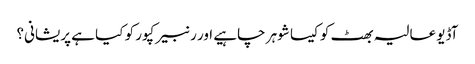
آڈیو عالیہ بھٹ کو کیسا شوہر چاہیے اور رنبیر کپور کو کیا ہے پریشانی؟